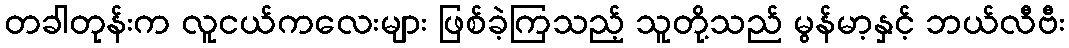
တခါတုန်းက လူငယ်ကလေးများ ဖြစ်ခဲ့ကြသည့် သူတို့သည် မွန်မာ့နှင့် ဘယ်လီဗီး